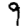
Digit: 9